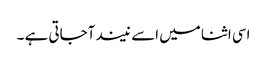
اسی اثنا میں اسے نیند آجاتی ہے ۔